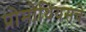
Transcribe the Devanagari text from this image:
प्रोमोथियसचे